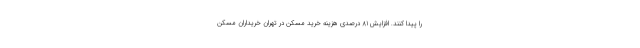
را پیدا کنند. افزایش ٨١ درصدی هزینه خرید مسکن در تهران خریداران مسکن